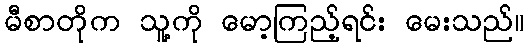
မီစာတိုက သူ့ကို မော့ကြည့်ရင်း မေးသည်။